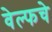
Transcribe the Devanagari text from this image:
वेल्फचे